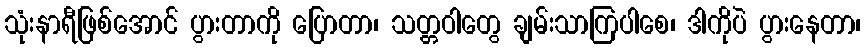
သုံးနာရီဖြစ်အောင် ပွားတာကို ပြောတာ၊ သတ္တဝါတွေ ချမ်းသာကြပါစေ၊ ဒါကိုပဲ ပွားနေတာ၊